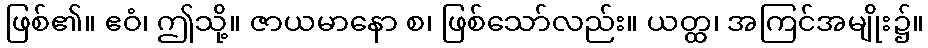
ဖြစ်၏။ ဧဝံ၊ ဤသို့။ ဇာယမာနော စ၊ ဖြစ်သော်လည်း။ ယတ္ထ၊ အကြင်အမျိုး၌။